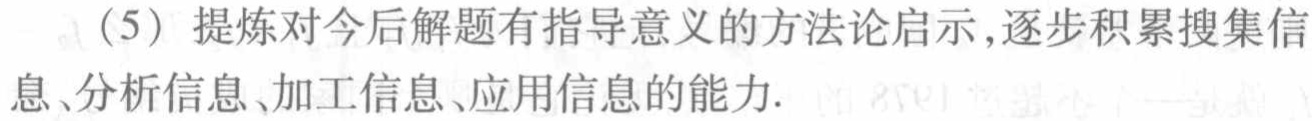
（5）提炼对今后解题有指导意义的方法论启示，逐步积累搜集信息、分析信息、加工信息、应用信息的能力.